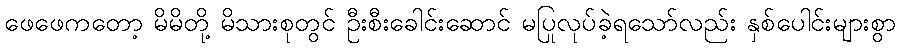
ဖေဖေကတော့ မိမိတို့ မိသားစုတွင် ဦးစီးခေါင်းဆောင် မပြုလုပ်ခဲ့ရသော်လည်း နှစ်ပေါင်းများစွာ